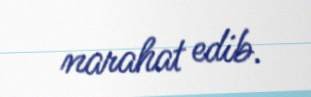
narahat edib.